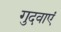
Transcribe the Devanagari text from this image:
गुदवाएं